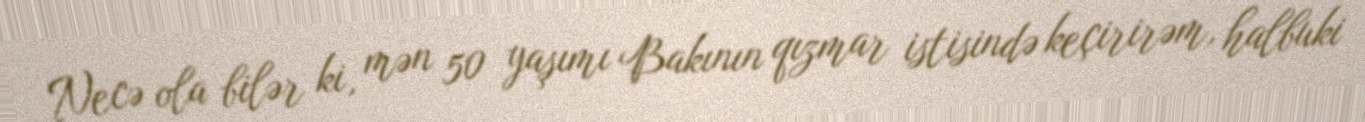
Necə ola bilər ki, mən 50 yaşımı Bakının qızmar istisində keçirirəm, halbuki